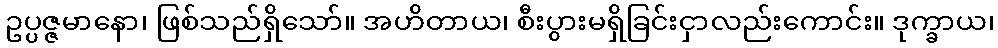
ဥပ္ပဇ္ဇမာနော၊ ဖြစ်သည်ရှိသော်။ အဟိတာယ၊ စီးပွားမရှိခြင်းငှာလည်းကောင်း။ ဒုက္ခာယ၊